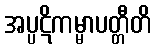
အပ္ပဋိကမ္မာပတ္တီတိ